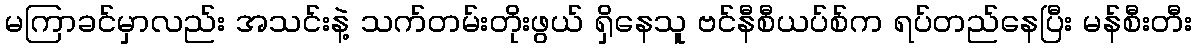
မကြာခင်မှာလည်း အသင်းနဲ့ သက်တမ်းတိုးဖွယ် ရှိနေသူ ဗင်နီစီယပ်စ်က ရပ်တည်နေပြီး မန်စီးတီး